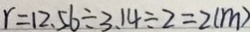
r = 1 2 . 5 6 \div 3 . 1 4 \div 2 = 2 ( m )